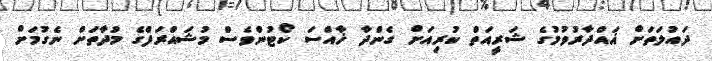
ދައުލަތަށް ޣައްދާރުވުމުގެ ޝަރީއަތް ކުރިއަށް ގެންދާ ޚާއްސަ ކޯޓުންވެސް މުޝައްރަފްގެ މުދާތަށް ނެގުމަށް